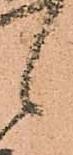
候